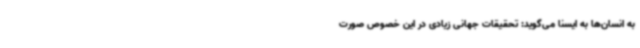
به انسان‌ها به ایسنا می‌گوید: تحقیقات جهانی زیادی در این‌ خصوص صورت